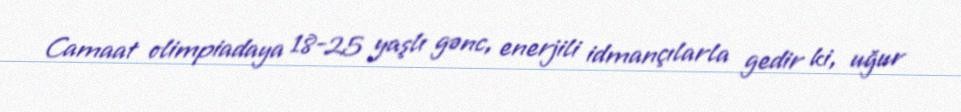
Camaat olimpiadaya 18-25 yaşlı gənc, enerjili idmançılarla gedir ki, uğur